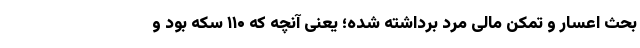
بحث اعسار و تمکن مالی مرد برداشته شده؛ یعنی آنچه که ۱۱۰ سکه بود و